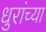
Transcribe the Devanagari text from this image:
धुरांच्या